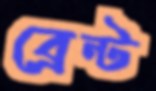
ব্রেন্ট